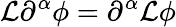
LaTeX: \mathcal{L}\partial^{\alpha}\phi=\partial^{\alpha}\mathcal{L}\phi